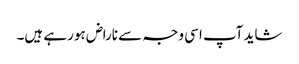
شاید آپ اسی وجہ سے ناراض ہورہے ہیں۔